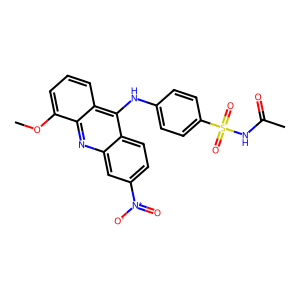
SMILES: COc1cccc2c(Nc3ccc(S(=O)(=O)NC(C)=O)cc3)c3ccc([N+](=O)[O-])cc3nc12
Inhibits HIV replication: No